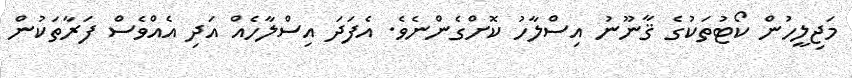
މަޖިލީހުން ކޯޓުތަކުގެ ޤާނޫނު އިސްލާހު ކޮށްގެންނެވެ. އެފަދަ އިސްލާހެއް އަދި އެއްވެސް ފަރާތަކުން